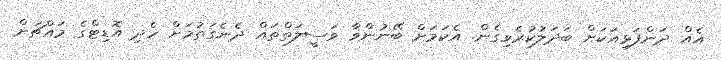
އެއް ދަންފަޅިއަކަށް ބަދަލުކުރެވިގެން. އެކަމަށް ބޭނުންވާ ވަސީލަތްތައް ދެނެގަތުމަށް ހެދި އޮޑިޓްގެ މައްޗަށް